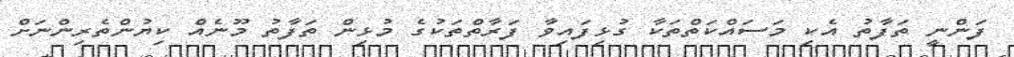
ފަންނީ ތަފާތު އެކި މަސައްކަތްތަކާ ގުޅިފައިވާ ފަރާތްތަކުގެ މުޅިން ތަފާތު މޫނެއް ކިޔުންތެރިންނަށް